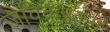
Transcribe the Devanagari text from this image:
जैविकप्रक्रम